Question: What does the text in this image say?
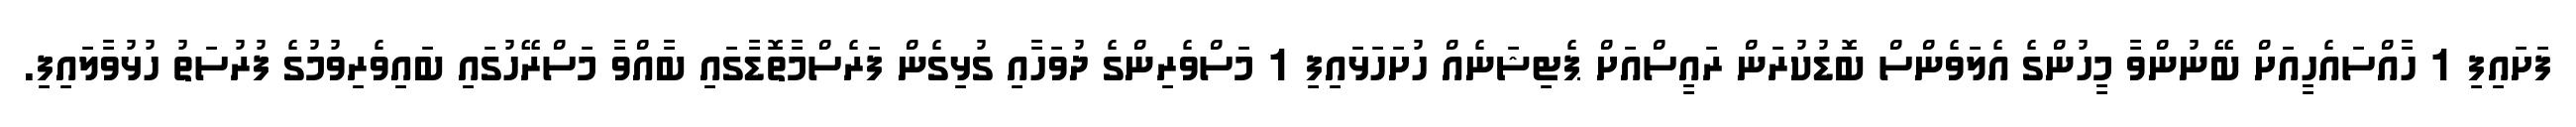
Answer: ފަށައިފި 1 ހާއްސައެހީއަށް ބޭނުންވާ މީހުންގެ އެލަވެންސް ބޮޑުކުރަން ރައީސްއަށް ޕެޓިޝަނެއް ހުށަހަޅައިފި 1 މަސްވެރިންގެ ދުވަހާއި ގުޅިގެން ފަރެސްމާތޮޑާގައި ބާއްވާ މަސްރޭހުގައި ބައިވެރިވުމުގެ ފުރުސަތު ހުޅުވާލައިފި.